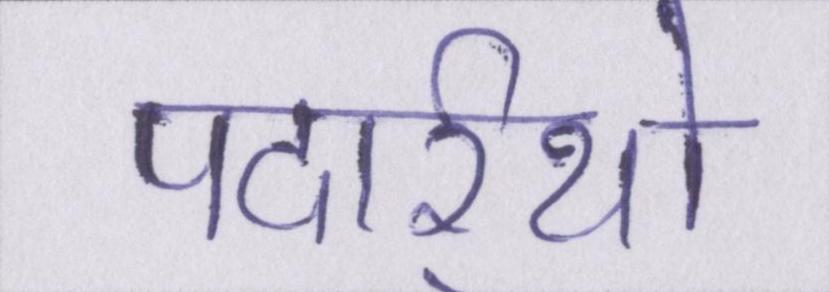
पदार्र्थो